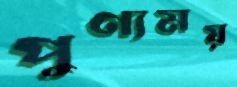
পুণ্যময়